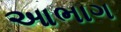
આભાગ